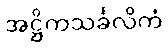
အဋ္ဌိကသင်္ခလိကံ